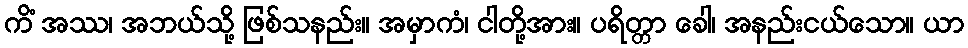
ကိံ အဿ၊ အဘယ်သို့ ဖြစ်သနည်း။ အမှာကံ၊ ငါတို့အား။ ပရိတ္တာ ခေါ၊ အနည်းငယ်သော။ ယာ